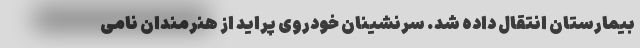
بیمارستان انتقال داده شد. سرنشینان خودروی پراید از هنرمندان نامی